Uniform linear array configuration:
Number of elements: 32
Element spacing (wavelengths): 1
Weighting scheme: hamming
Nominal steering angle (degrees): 15
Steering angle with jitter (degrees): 13.566
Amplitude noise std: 0.05
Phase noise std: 0.05

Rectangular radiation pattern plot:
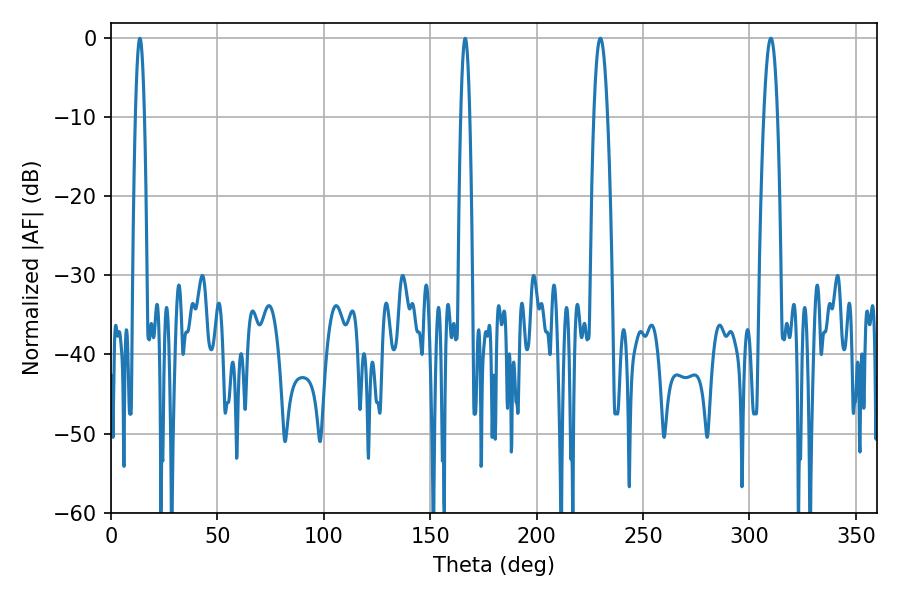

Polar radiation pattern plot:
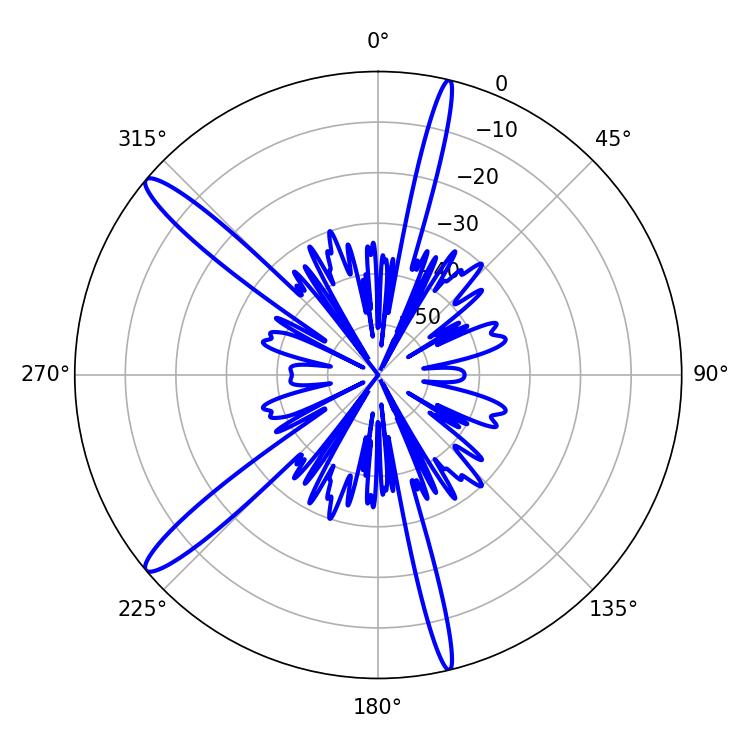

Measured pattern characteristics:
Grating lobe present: TRUE
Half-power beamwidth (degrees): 3.42
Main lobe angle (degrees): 310.14